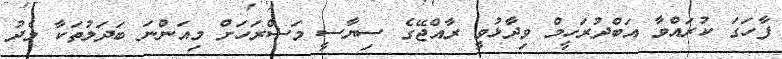
ފާހަގަ ކުރައްވާ އަބްދުރަހީމް ވިދާޅުވީ ރާއްޖޭގެ ސިޔާސީ މަސްރަހަށް މިއަންނަ ބަދަލުތަކާ މެދު